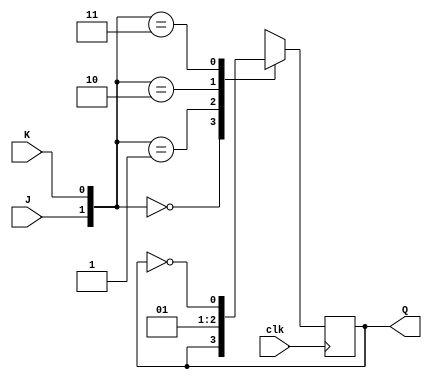
`timescale 1ns / 1ps

module JKFF(
input J,K,clk,
output reg Q
    );
    
    always @(posedge clk)
    begin
        case({J,K})
        2'b00 : Q <= Q;
        2'b01 : Q <= 1'b0;
        2'b10 : Q <= 1'b1;
        2'b11 : Q <= ~Q;
       endcase
    end
    
endmodule